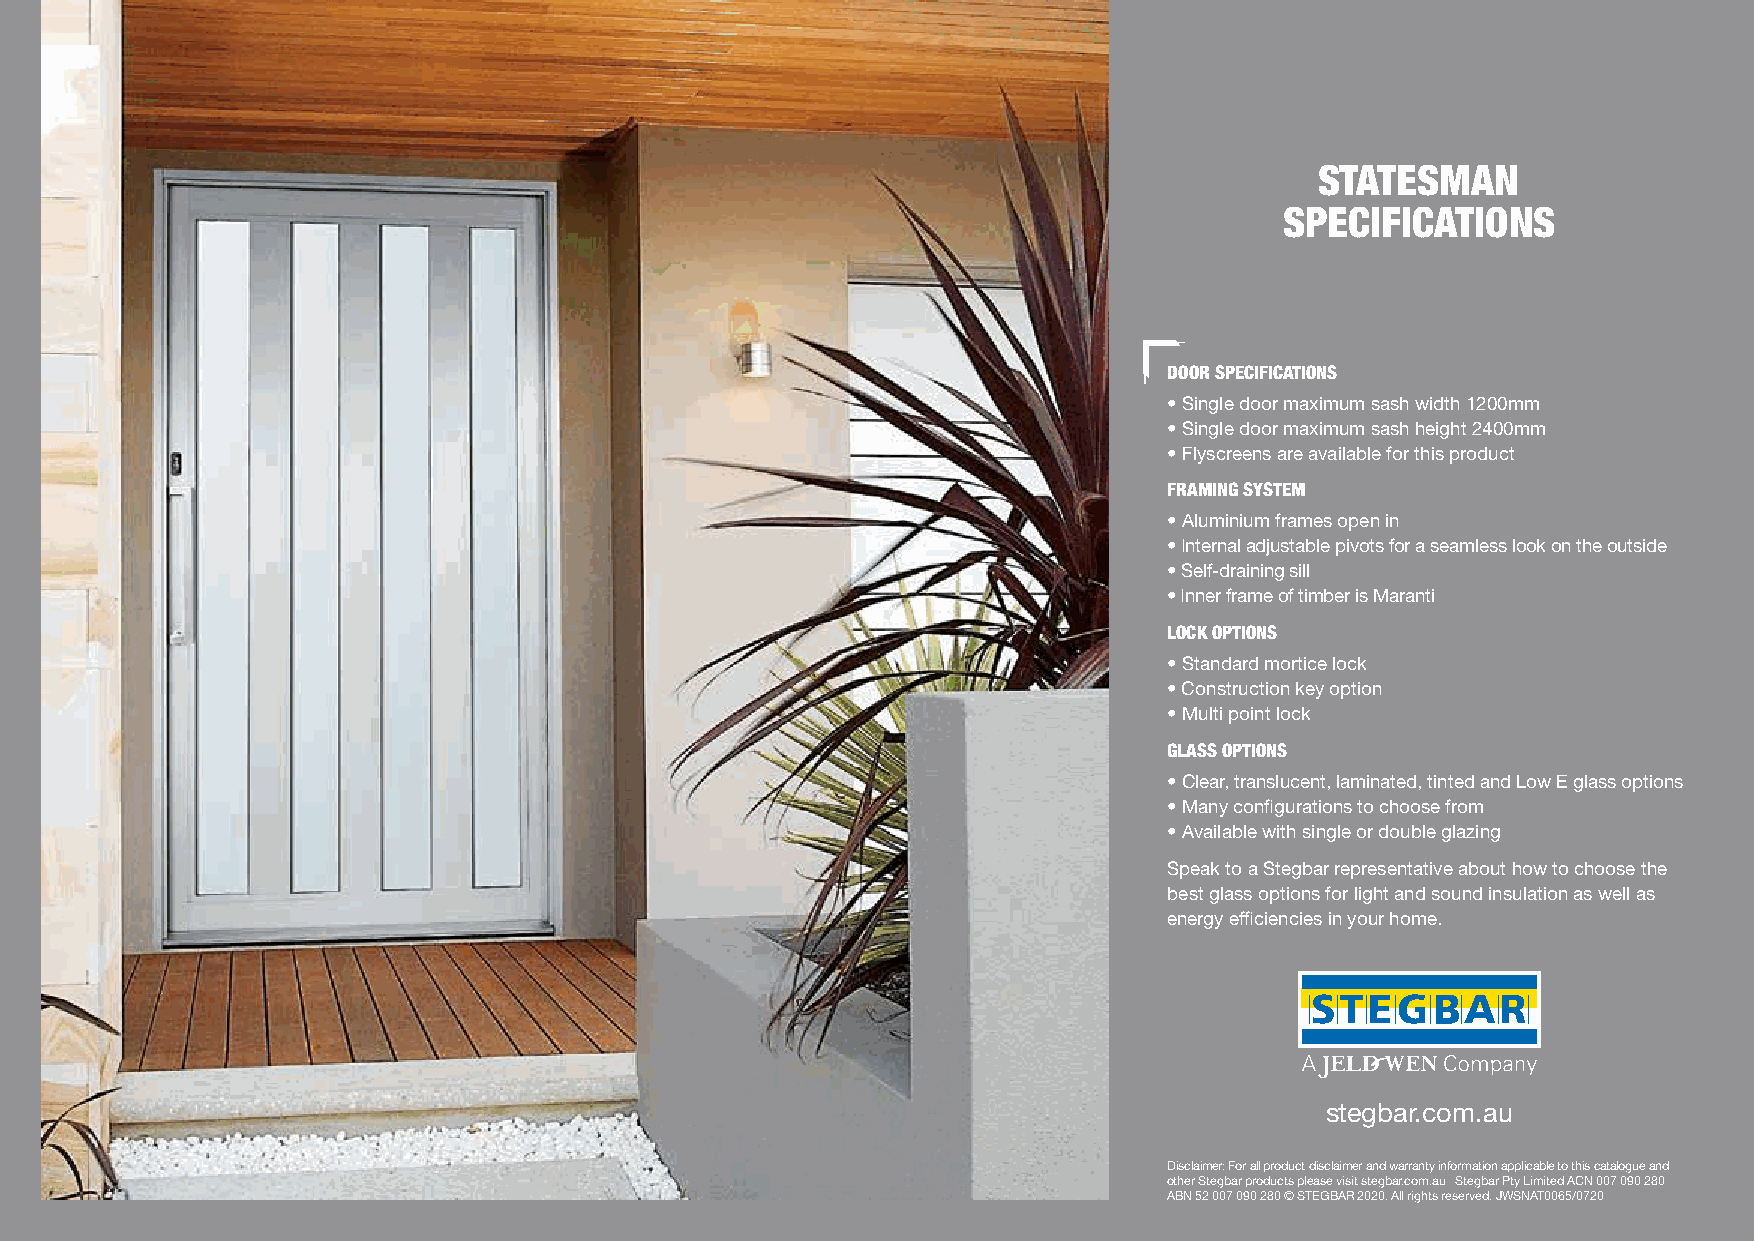
STATESMAN
 SPECIFICATIONS
 DOOR SPECIFICATIONS
 • Single door maximum sash width 1200mm
 • Single door maximum sash height 2400mm
 • Flyscreens are available for this product
 FRAMING SYSTEM
 • Aluminium frames open in
 • I nternal adjustable pivots for a seamless look on the outside
 • S elf-draining sill
 • Inner frame of timber is Maranti
 LOCK OPTIONS
 • Standard mortice lock
 • Construction key option
 • Multi point lock
 GLASS OPTIONS
 • Clear, translucent, laminated, tinted and Low E glass options
 • Many configurations to choose from
 • Available with single or double glazing
 Speak to a Stegbar representative about how to choose the
 best glass options for light and sound insulation as well as
 energy efficiencies in your home.
 stegbar.com.au
 Disclaimer: For all product disclaimer and warranty information applicable to this catalogue and
 other Stegbar products please visit stegbar.com.au Stegbar Pty Limited ACN 007 090 280
 ABN 52 007 090 280 © STEGBAR 2020. All rights reserved. JWSNAT0065/0720